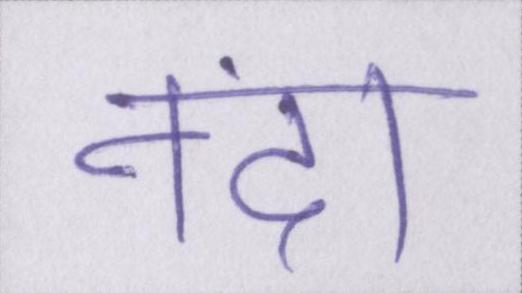
नंदा